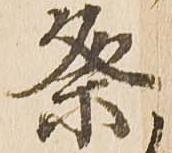
祭